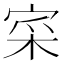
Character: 寀